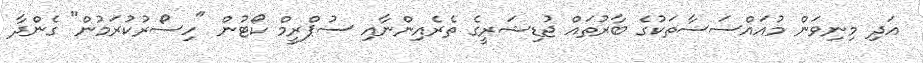
އަދި މިނިވަން މުއައްސަސާތަކުގެ ބާރުތައް ޖުޑިޝަރީގެ ތެރެއިންނާއި ސުޕްރީމް ކޯޓުން "ހިސޯރުކުރަމުން" ގެންދާ